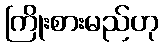
ကြိုးစားမည်ဟု